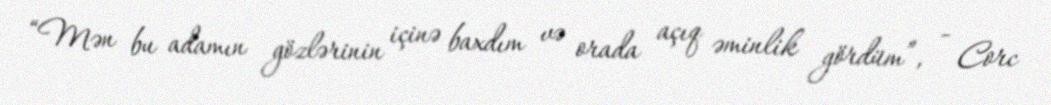
“Mən bu adamın gözlərinin içinə baxdım və orada açıq əminlik gördüm”, - Corc